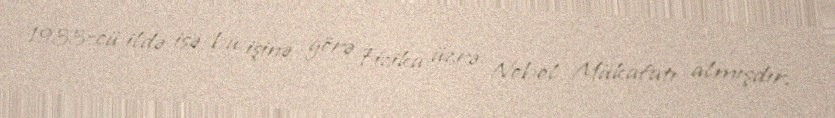
1933-cü ildə isə bu işinə görə Fizika üzrə Nobel Mükafatı almışdır.